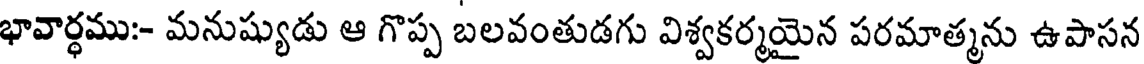
భావార్థము:- మనుష్యుడు ఆ గొప్ప బలవంతుడగు విశ్వకర్మయైన పరమాత్మను ఉపాసన